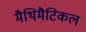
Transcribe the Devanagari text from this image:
मैथिमैटिकल